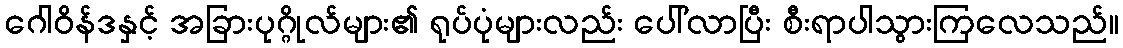
ဂေါဝိန်ဒနှင့် အခြားပုဂ္ဂိုလ်များ၏ ရုပ်ပုံများလည်း ပေါ်လာပြီး စီးရာပါသွားကြလေသည်။